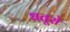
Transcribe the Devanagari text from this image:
धतूरो